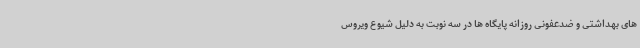
های بهداشتی و ضدعفونی روزانه پایگاه ها در سه نوبت به دلیل شیوع ویروس